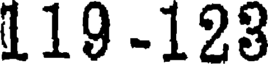
119 -123